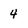
Character: 4